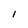
Character: 1